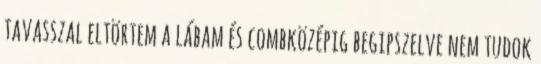
tavasszal eltörtem a lábam és combközépig begipszelve nem tudok